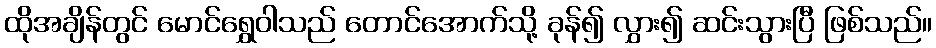
ထိုအချိန်တွင် မောင်ရွှေဝါသည် တောင်အောက်သို့ ခုန်၍ လွှား၍ ဆင်းသွားပြီ ဖြစ်သည်။